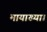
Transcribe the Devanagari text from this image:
मायाख्या।